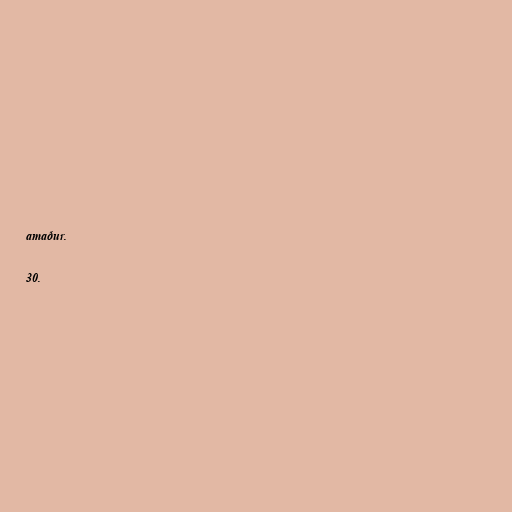
amaður.

30.